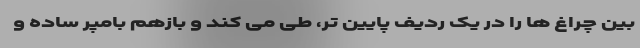
بین چراغ ها را در یک ردیف پایین تر، طی می کند و بازهم بامپر ساده و